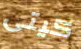
كيتى